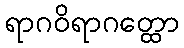
ရာဂဝိရာဂတ္ထော